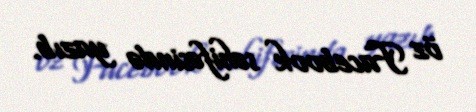
öz Facebook səhifəsində yazıb.